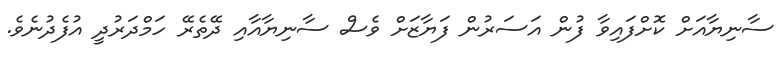
ސާނިޔާއަށް ކޮށްފައިވާ ފުން އަސަރުން ފަޔާޒަށް ވެސް ސާނިޔާއާއި ދޭތެރޭ ހަމްދަރުދީ އުފެދުނެވެ.